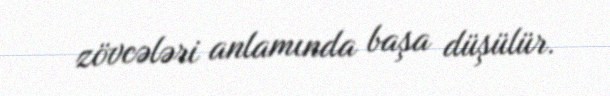
zövcələri anlamında başa düşülür.